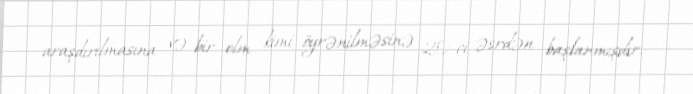
araşdırılmasına və bir elm kimi öyrənilməsinə 20-ci əsrdən başlanmışdır.